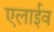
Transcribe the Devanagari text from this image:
एलाईव